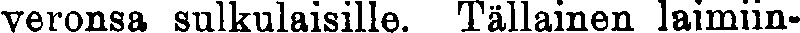
veronsa sulkulaisille. Tällainen laimiin-